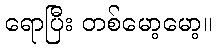
ရောပြီး တစ်မော့မော့။